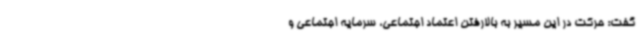
گفت: حرکت در این مسیر به بالارفتن اعتماد اجتماعی، سرمایه اجتماعی و